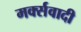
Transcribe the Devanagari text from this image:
मर्क्सवादी